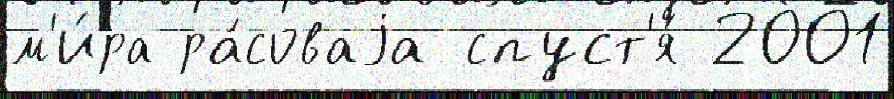
м'и́ра ра́соваjа спуст'я́ 2001